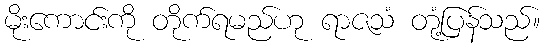
မိုးကောင်းကို တိုက်ရမည်ဟု ရာဇသံ တုံ့ပြန်သည်။